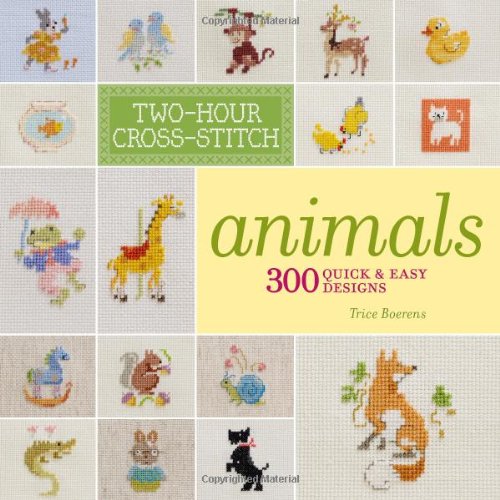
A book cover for Two-Hour Cross-Stitch: Animals: 300 Quick & Easy Designs; Patrice Boerens; Crafts, Hobbies & Home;